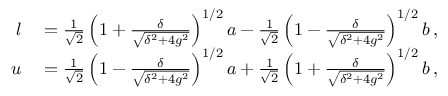
\begin{array} { r l } { l } & { { } = \frac { 1 } { \sqrt { 2 } } \left( 1 + \frac { \delta } { \sqrt { \delta ^ { 2 } + 4 g ^ { 2 } } } \right) ^ { 1 / 2 } a - \frac { 1 } { \sqrt { 2 } } \left( 1 - \frac { \delta } { \sqrt { \delta ^ { 2 } + 4 g ^ { 2 } } } \right) ^ { 1 / 2 } b \, , } \\ { u } & { { } = \frac { 1 } { \sqrt { 2 } } \left( 1 - \frac { \delta } { \sqrt { \delta ^ { 2 } + 4 g ^ { 2 } } } \right) ^ { 1 / 2 } a + \frac { 1 } { \sqrt { 2 } } \left( 1 + \frac { \delta } { \sqrt { \delta ^ { 2 } + 4 g ^ { 2 } } } \right) ^ { 1 / 2 } b \, , } \end{array}